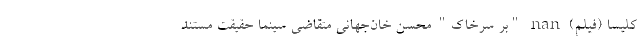
کلیسا (فیلم) nan "بر سرخاک" محسن خان‌جهانی متقاضی سینما حقیقت مستند